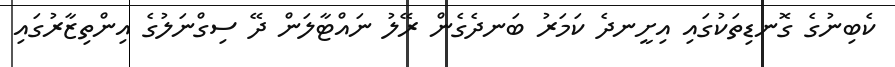
ކެބިނުގެ ގޮނޑިތަކުގައި އިށީނދެ ކަމަރު ބަނދެގެން ރޭލު ނައްޓާލަން ދޭ ސިގްނަލުގެ އިންތިޒާރުގައި